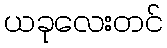
ယခုလေးတင်